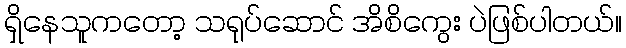
ရှိနေသူကတော့ သရုပ်ဆောင် အိစိကွေး ပဲဖြစ်ပါတယ်။